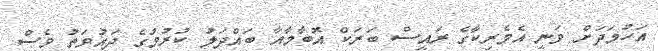
އަހުމަދަަށް ވަނީ އެެމެރިކާގެ ރައީސް ބަރަކް އޮބާމާއާ ބައްދަލު ކުރުމުގެ ދައުވަތު ވެސް